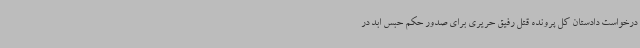
درخواست دادستان کل پرونده قتل رفیق حریری برای صدور حکم حبس ابد در